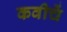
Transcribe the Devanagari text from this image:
कवीचें